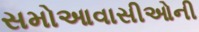
સમોઆવાસીઓની